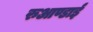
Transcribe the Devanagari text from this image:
रुआण्डाई